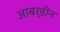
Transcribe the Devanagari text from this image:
आबर्डीन